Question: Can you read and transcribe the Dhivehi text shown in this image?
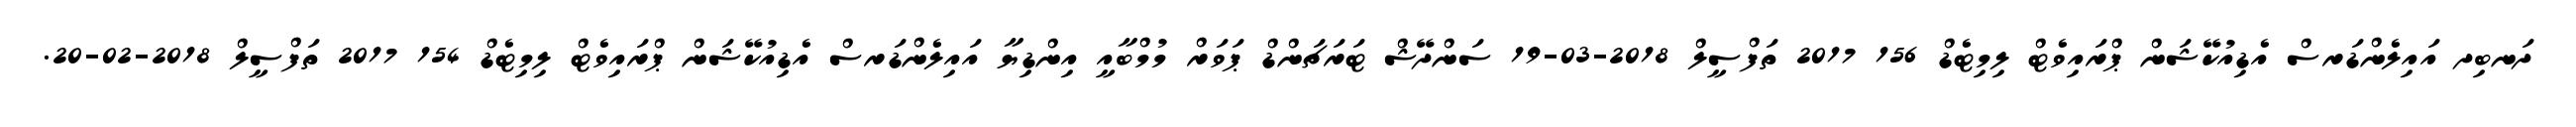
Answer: ދަނބިދ އައިލެންޑަރސް އެޑިއުކޭޝަން ޕްރައިވެޓް ލިމިޓެޑް 156 2017 ތަފްސީލް 2018-03-19 ސަންދޭޝް ޓަރަޗަންޑް ޕަވަރް މުމްބާއީ އިންޑިޔާ އައިލެންޑަރސް އެޑިއުކޭޝަން ޕްރައިވެޓް ލިމިޓެޑް 154 2017 ތަފްސީލް 2018-02-20.